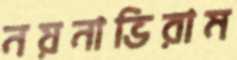
নয়নাভিরাম